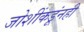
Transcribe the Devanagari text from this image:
जोशींकडूंनही